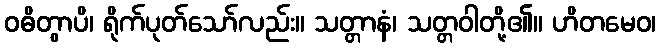
ဝဓိတွာပိ၊ ရိုက်ပုတ်သော်လည်း။ သတ္တာနံ၊ သတ္တဝါတို့၏။ ဟိတမေဝ၊